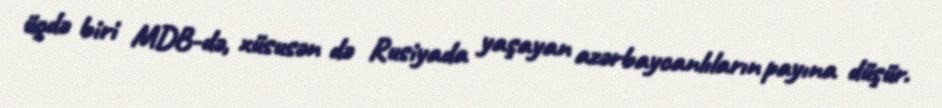
üçdə biri MDB-də, xüsusən də Rusiyada yaşayan azərbaycanlıların payına düşür.